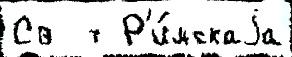
Св  т Р'и́мскаjа